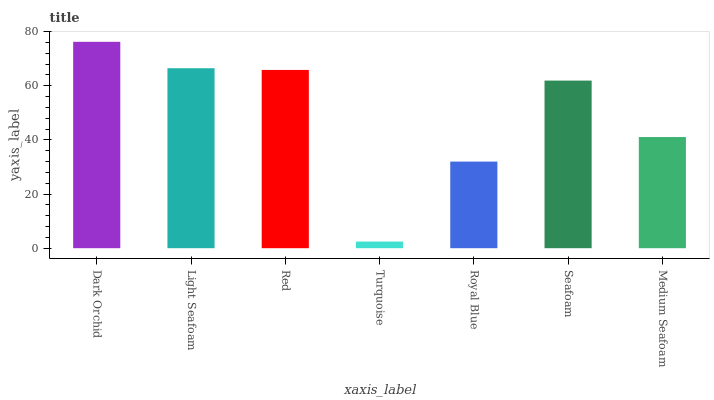
| xaxis_label | bars |
 | --- | --- |
 | Dark Orchid | 76.3 |
 | Light Seafoam | 66.5 |
 | Red | 65.9 |
 | Turquoise | 2.46 |
 | Royal Blue | 32 |
 | Seafoam | 61.9 |
 | Medium Seafoam | 41.1 |